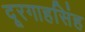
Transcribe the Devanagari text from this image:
दूरगाहसिंह